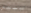
سبيس